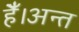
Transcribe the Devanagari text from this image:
हैँ।अन्त